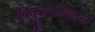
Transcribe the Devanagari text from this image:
बिंदूसभोवताल